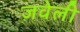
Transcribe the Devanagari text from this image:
जवेली